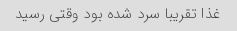
غذا تقریبا سرد شده بود وقتی رسید